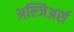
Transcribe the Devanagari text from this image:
अल्जिअर्स